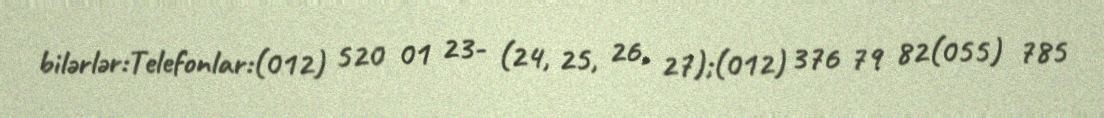
bilərlər:Telefonlar:(012) 520 01 23- (24, 25, 26, 27);(012) 376 79 82(055) 785